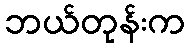
ဘယ်တုန်းက